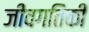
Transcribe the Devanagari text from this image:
जीवगतिकी